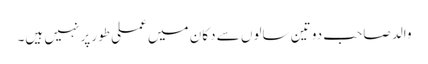
والد صاحب دو تین سالوں سے دکان میں عملی طور پر نہیں ہیں۔